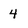
Character: 4